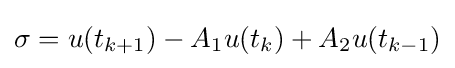
\sigma =u(t_{k+1})-A_{1}u(t_{k})+A_{2}u(t_{k-1})